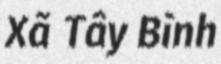
Xã Tây Bình